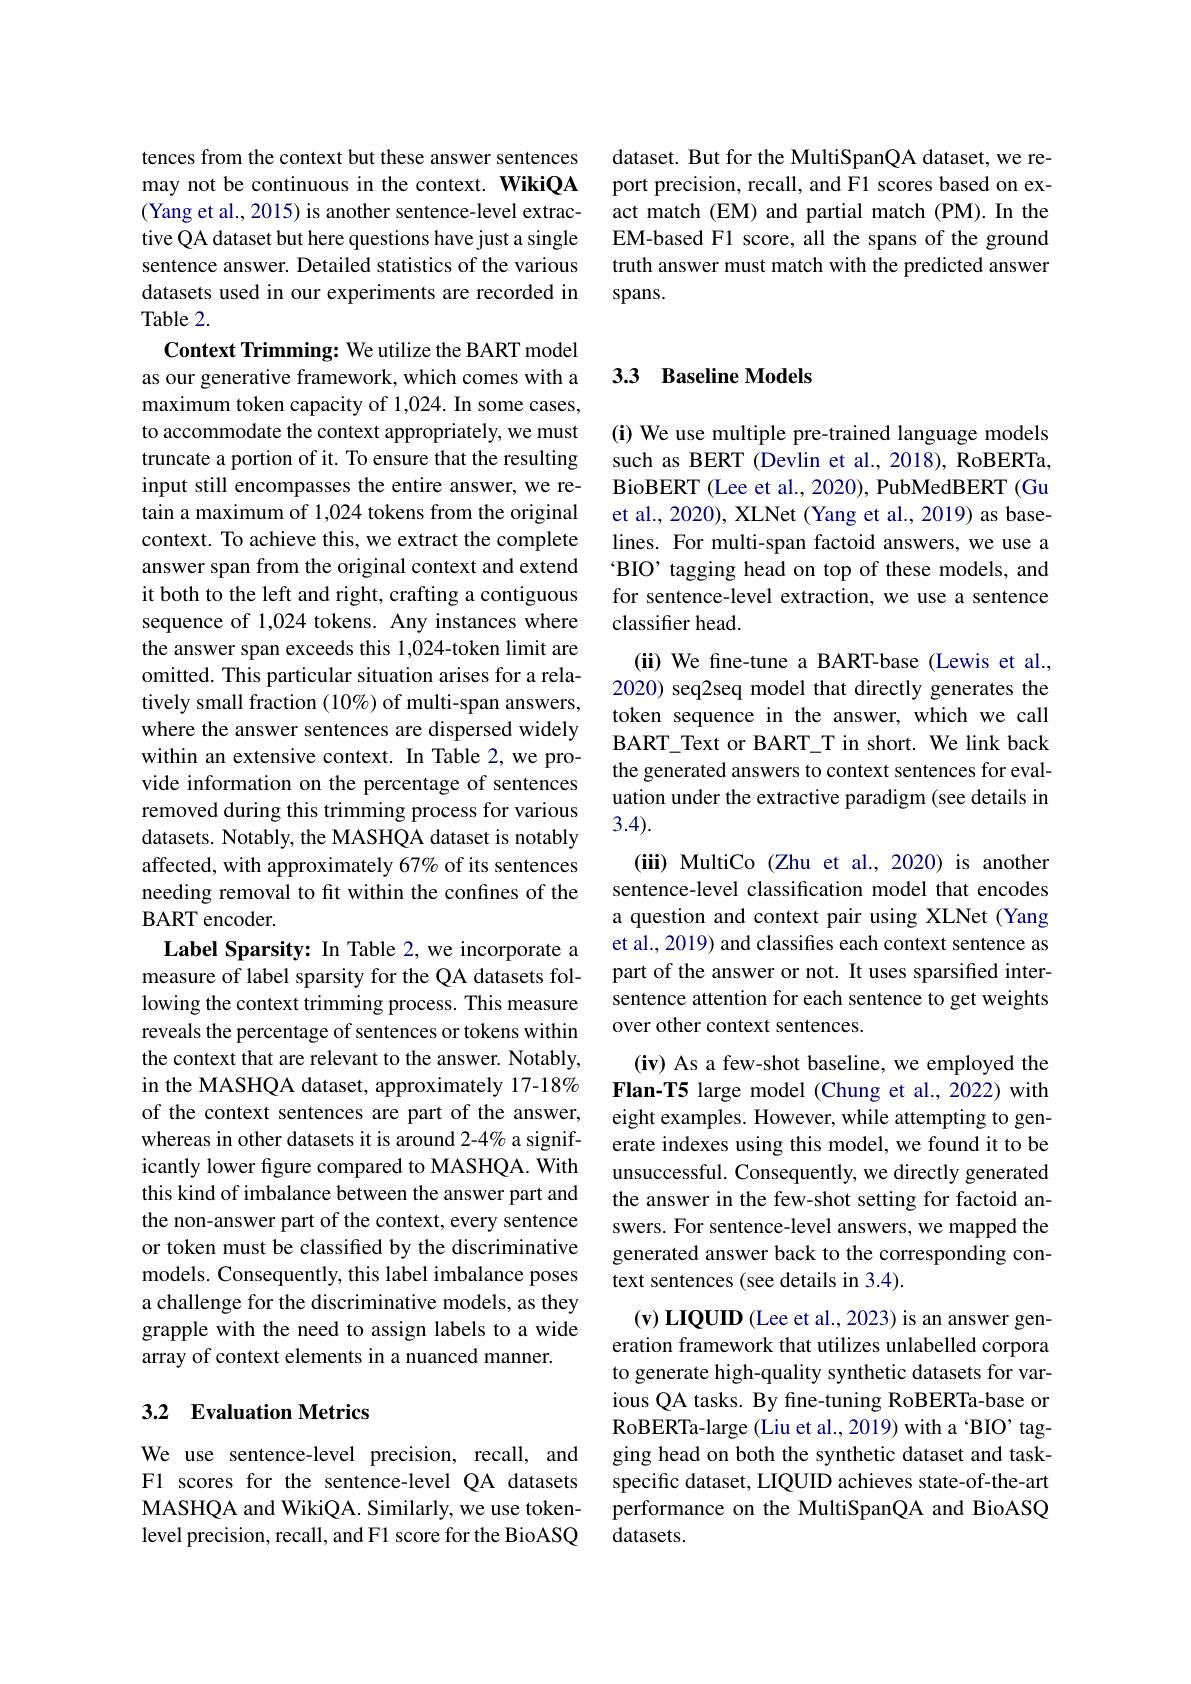
dataset. But for the MultiSpanQA dataset, we report precision, recall, and F1 scores based on exact match (EM) and partial match (PM).In the EM-based F1 score, all the spans of the ground truth answer must match with the predicted answer spans.

tences from the context but these answer sentences may not be continuous in the context. WikiQA (Yang et al., 2015) is another sentence-level extractive QA dataset but here questions have just a single sentence answer. Detailed statistics of the various datasets used in our experiments are recorded in Table 2.
Context Trimming: We utilize the BART model as our generative framework, which comes with a maximum token capacity of 1,024. In some cases, to accommodate the context appropriately, we must truncate a portion of it. To ensure that the resulting input still encompasses the entire answer, we retain a maximum of 1,024 tokens from the original context. To achieve this, we extract the complete answer span from the original context and extend it both to the left and right, crafting a contiguous sequence of 1,024 tokens. Any instances where the answer span exceeds this 1,024-token limit are omitted. This particular situation arises for a relatively small fraction $(10\%)$ of multi-span answers, where the answer sentences are dispersed widely within an extensive context. In Table 2,we provide information on the percentage of sentences removed during this trimming process for various datasets. Notably, the MASHQA dataset is notably affected, with approximately 67% of its sentences needing removal to ft within the confines of the BART encoder.
Label Sparsity: In Table 2, we incorporate a measure of label sparsity for the QA datasets following the context trimming process. This measure reveals the percentage of sentences or tokens within the context that are relevant to the answer. Notably, in the MASHQA dataset, approximately 17-18% of the context sentences are part of the answer, whereas in other datasets it is around 2-4% a significantly lower figure compared to MASHQA. With this kind of imbalance between the answer part and the non-answer part of the context, every sentence or token must be classified by the discriminative models. Consequently, this label imbalance poses a challenge for the discriminative models, as they grapple with the need to assign labels to a wide array of context elements in a nuanced manner.

## 3.2 Evaluation Metrics

We use sentence-level precision, recall, and F1 scores for the sentence-level QA datasets MASHQA and WikiQA. Similarly, we use tokenlevel precision, recall, and F1 score for the BioASQ

## 3.3 Baseline Models

(i) We use multiple pre-trained language models such as BERT (Devlin et al., 2018), RoBERTa, BioBERT (Lee et al., 2020), PubMedBERT (Gu et al., 2020), XLNet (Yang et al., 2019) as baselines. For multi-span factoid answers, we use a 'BIO’ tagging head on top of these models, and for sentence-level extraction, we use a sentence classifier head.
(ii) We fine-tune a BART-base (Lewis et al., 2020) seq2seq model that directly generates the token sequence in the answer, which we call BART\_Text or BART\_T in short. We link back the generated answers to context sentences for evaluation under the extractive paradigm (see details in 3.4).
(iii) MultiCo (Zhu et al.,2020) is another sentence-level classification model that encodes a question and context pair using XLNet (Yang et al., 2019) and classifies each context sentence as part of the answer or not. It uses sparsified intersentence attention for each sentence to get weights over other context sentences.
(iv) As a few-shot baseline, we employed the Flan-T5 large model (Chung et al., 2022) with eight examples. However, while attempting to generate indexes using this model, we found it to be unsuccessful. Consequently, we directly generated the answer in the few-shot setting for factoid answers. For sentence-level answers, we mapped the generated answer back to the corresponding context sentences (see details in 3.4).
(v) LIQUID (Lee et al., 2023) is an answer generation framework that utilizes unlabelled corpora to generate high-quality synthetic datasets for various QA tasks. By fıne-tuning RoBERTa-base or RoBERTa-large (Liu et al., 2019) with a 'BIO’ tagging head on both the synthetic dataset and taskspecific dataset, LIQUID achieves state-of-the-art performance on the MultiSpanQA and BioASQ datasets.